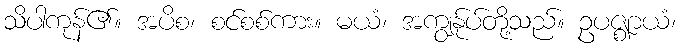
သိပါကုန်၏။ အပိစ၊ စင်စစ်ကား။ မယံ၊ အကျွန်ုပ်တို့သည်။ ဥပဇ္ဈာယံ၊